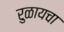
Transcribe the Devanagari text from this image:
रुळायचा